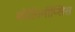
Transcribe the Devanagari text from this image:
बोलिनॉप्सिस